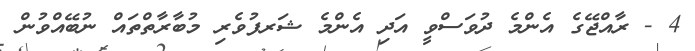
4 - ރާއްޖޭގެ އެންމެ ދުވަސްވީ އަދި އެންމެ ޝަރފުވެރި މުބާރާތްތައް ނުބޭއްވުން